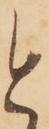
と